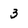
Character: 3